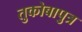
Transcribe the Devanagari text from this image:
तुकोबापुत्र